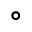
^ \circ